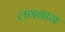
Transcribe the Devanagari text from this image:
लगबाग